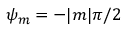
\psi _ { m } = - | m | \pi / 2